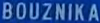
BOUZNIKA